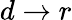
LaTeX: d\to r